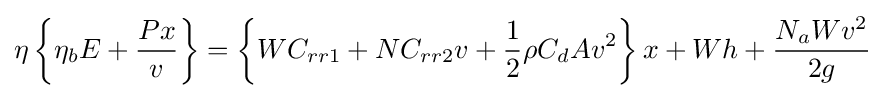
\eta \left\{\eta _{b}E+{\frac {Px}{v}}\right\}=\left\{WC_{rr1}+NC_{rr2}v+{\frac {1}{2}}\rho C_{d}Av^{2}\right\}x+Wh+{\frac {N_{a}Wv^{2}}{2g}}